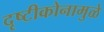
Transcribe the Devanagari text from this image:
दृष्टीकोनामुळे